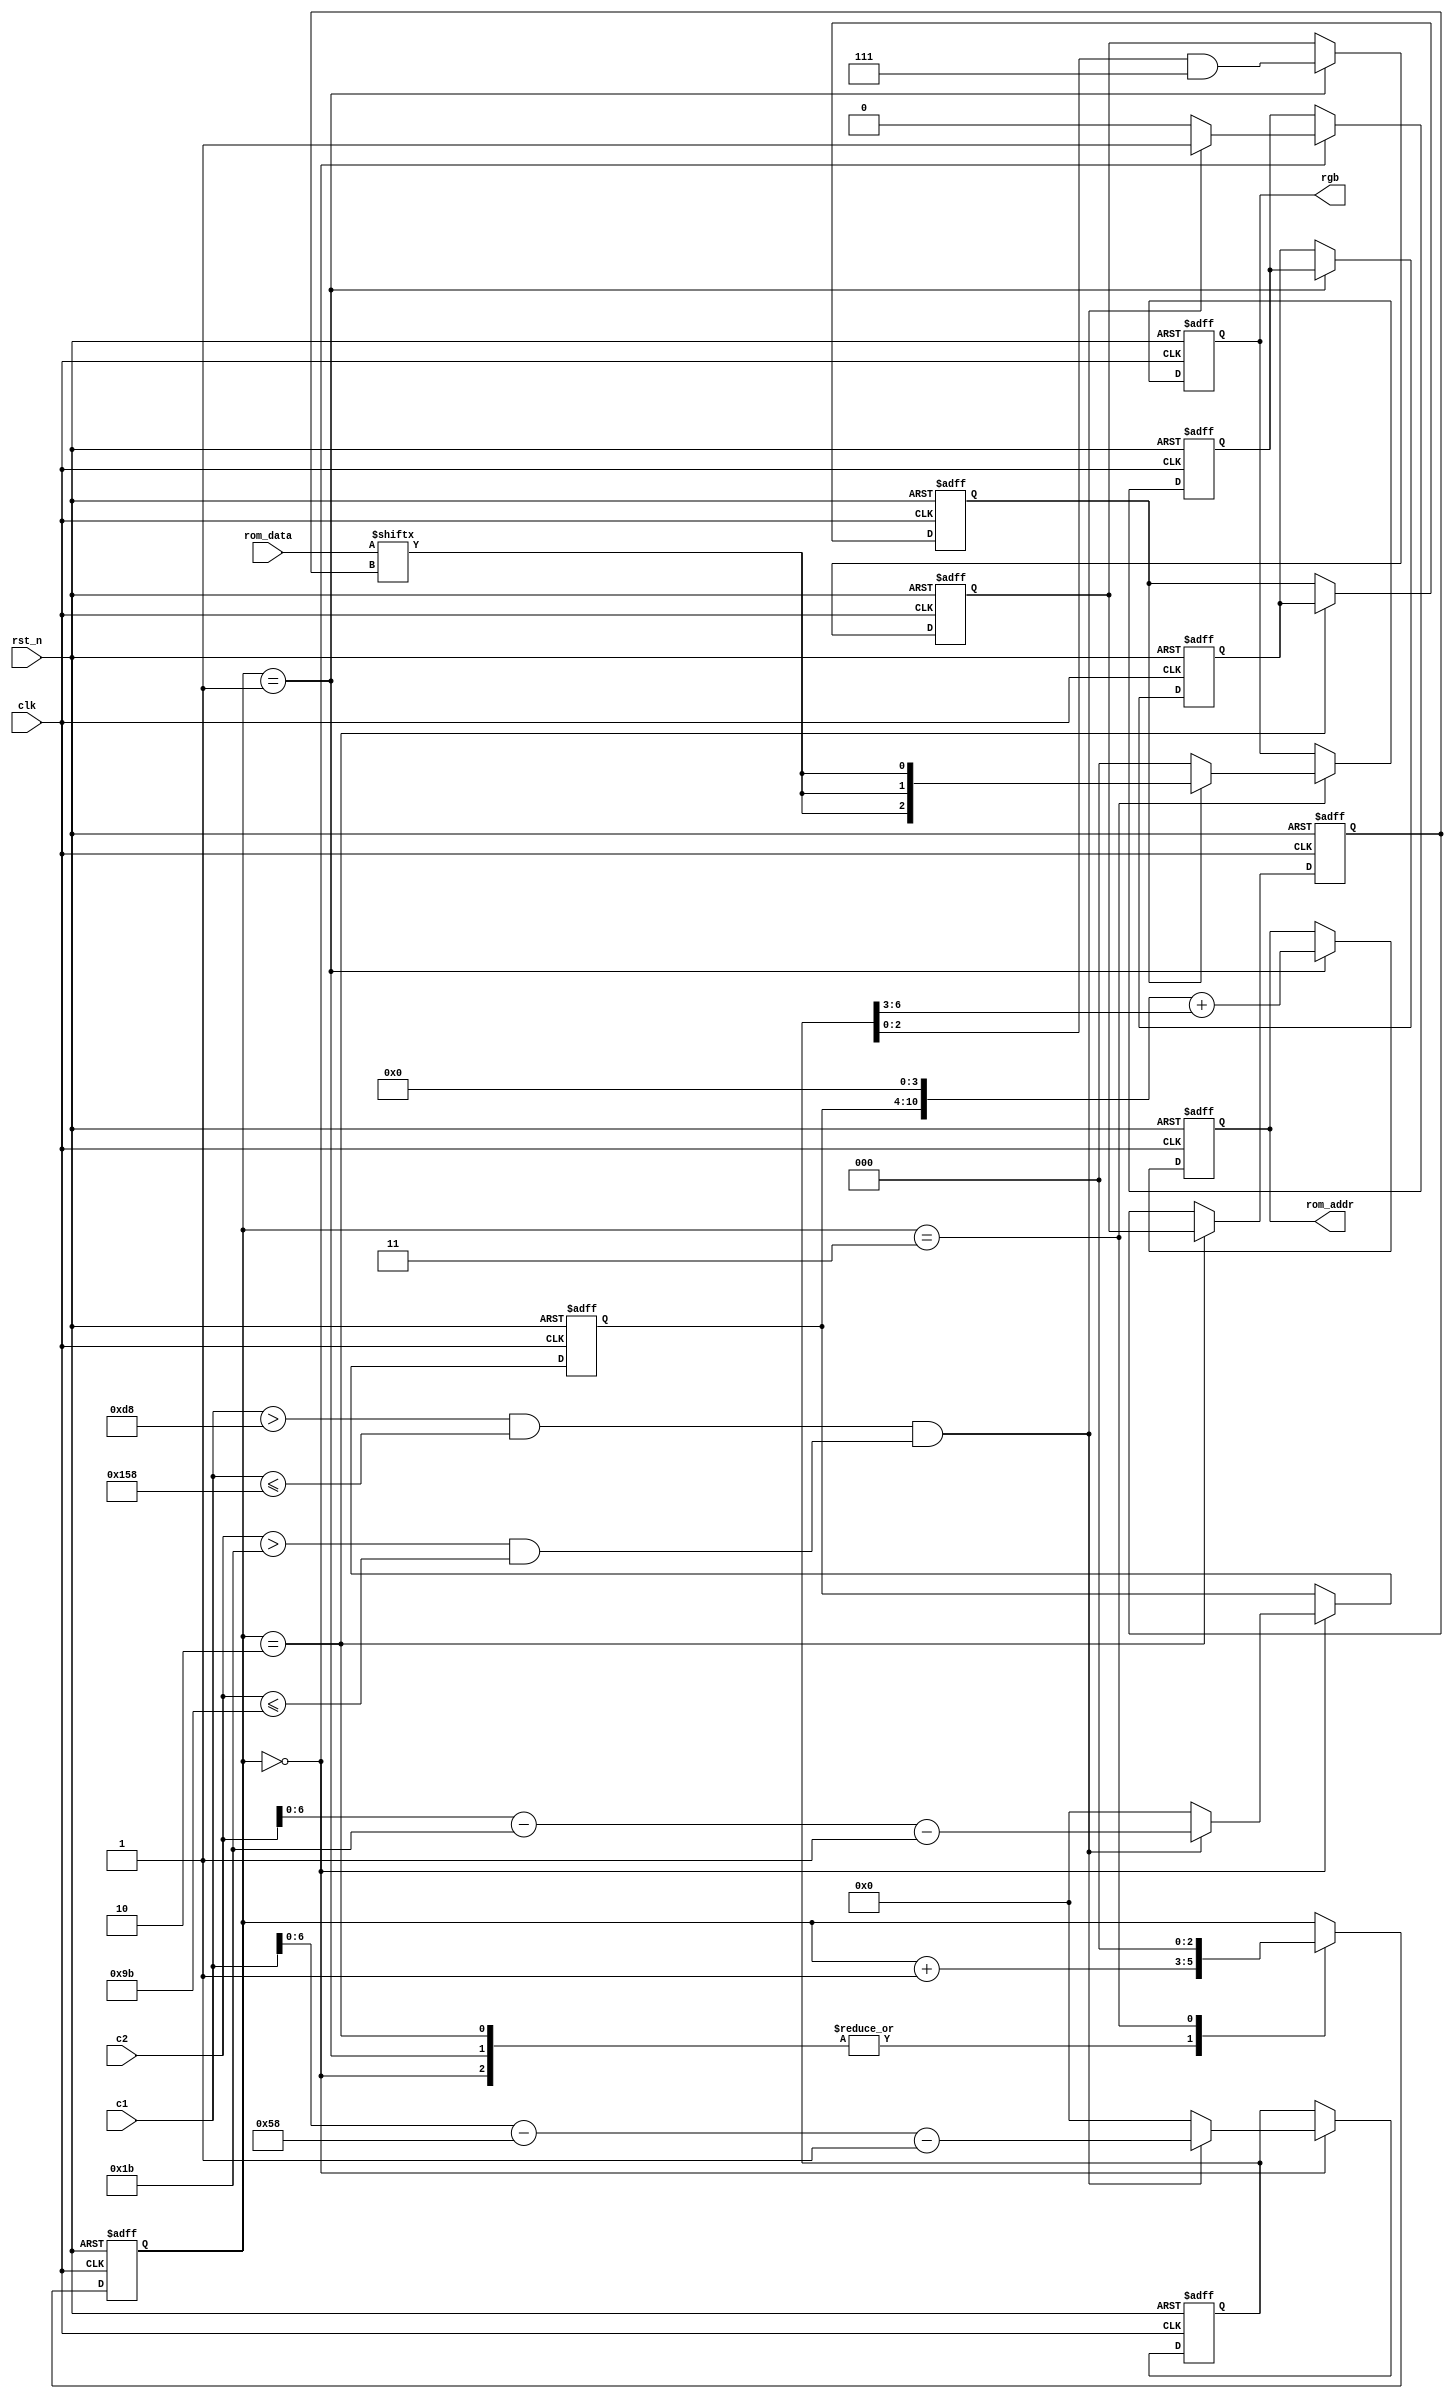
module vga_control_1
(
    input clk,
    input rst_n,
    input [10:0] c1,
    input [10:0] c2,
    output reg [2:0]rgb,
    output reg [10:0] rom_addr,
    input [7:0] rom_data
);

    /**************************/
    
    //
    parameter _X = 8'd128;
    parameter _Y = 8'd128;
    parameter _XOFF = 10'd0;
    parameter _YOFF = 10'd0;
    
    /**************************/
    
    reg [6:0] x;
    reg [6:0] y;
    reg [2:0] index, index_del;
    reg data_valid, data_valid_del_1, data_valid_del_2;
    reg [2:0] i;
    
    always @(posedge clk or negedge rst_n)
    begin
        if(~rst_n)
        begin
            x <= 7'd0;
            y <= 7'd0;
            index <= 3'd0;
            index_del <= 3'd0;
            data_valid <= 1'b0;
            data_valid_del_1 <= 1'b0;
            data_valid_del_2 <= 1'b0;
            i <= 2'd0;
            rom_addr <= 11'd0;
            rgb <= 3'b000;
        end
        else
        begin
            case(i)
                
                0: //
                if((c1 > (128+88+_XOFF) && c1 <= (128+88+_XOFF+_X)) &&
                    (c2 > (4+23+_YOFF) && c2 <= (4+23+_YOFF+_Y))) //
                begin
                    x <= c1 - (128+88+_XOFF) - 1;    //0~127
                    y <= c2 - (4+23+_YOFF) - 1;      //0~127
                    data_valid <= 1'b1;
                    i <= i + 1'b1;
                end
                else
                begin //,""
                    x <= 7'd0;
                    y <= 7'd0;
                    data_valid <= 1'b0;
                    i <= i + 1'b1;
                end
                
                1: //rom_addrdata[index]
                begin
                    rom_addr <= ((y << 4) + (x >> 3));
                    //160~7
                    index <= x & 3'b111;
                    data_valid_del_1 <= data_valid;
                    i <= i + 1'b1;
                end
                
                2: //rom1clk
                begin
                    index_del <= index;
                    data_valid_del_2 <= data_valid_del_1;
                    i <= i + 1'b1;
                end
                
                3:
                begin
                    rgb <= data_valid_del_2 ? {rom_data[index_del], rom_data[index_del], rom_data[index_del]} : 3'b000;
                    i <= 2'd0;
                end
                
            endcase
        end
    end

endmodule

/*
<1>
VGA,VGA""
clkc1,c2
c1,c2x,y,rom_addr,rgb
c1,c2rgb(c1,c2rgb)
x,y4,c1,c2,
<2>:
(4--c1,c2,rgb3clk)
,(3+1)(c1,c2,rbg)
<3>:
1clk
*/

/*
,
rgb --> rom_data
rgb --> --> index
rgb --> --> --> data_valid
*/